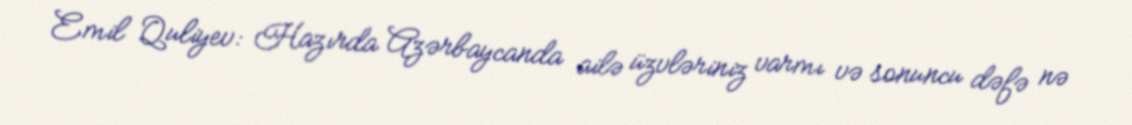
Emil Quliyev: Hazırda Azərbaycanda ailə üzvləriniz varmı və sonuncu dəfə nə